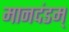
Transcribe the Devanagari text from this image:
मानदंडम्